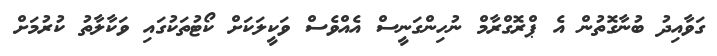
ގަވާއިދު ބުނާގޮތުން އެ ޕްރޮގްރާމް ނުހިންގަނީސް އެއްވެސް ވަކީލަކަށް ކޯޓުތަކުގައި ވަކާލާތު ކުރުމަށް